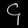
Digit: ၄